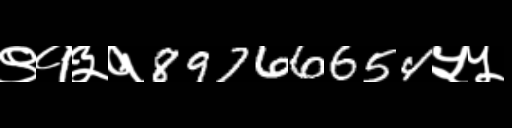
Text: ९१३१89766654५५